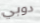
دوبي